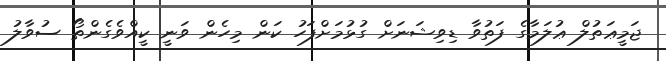
ޖަމީޢަތުލް ޢުލަމާގެ ފަތުވާ ޑިވިޝަނަށް ގުޅުމަށްފަހު ކަން މިހެން ވަނީ ކީއްވެގެންތޯ ސުވާލު